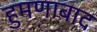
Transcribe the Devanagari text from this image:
हुमणाबाद